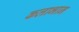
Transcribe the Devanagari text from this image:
कलाभान